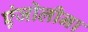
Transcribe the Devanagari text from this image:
एंजोलीना